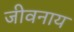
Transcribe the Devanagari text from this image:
जीवनाय